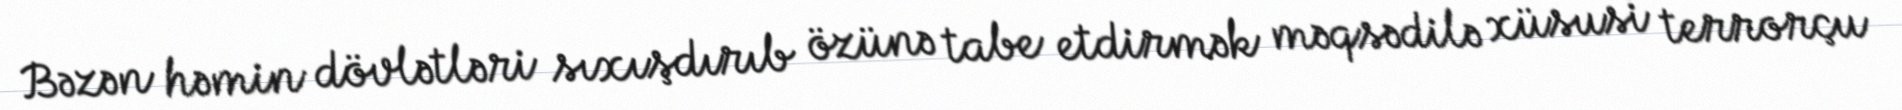
Bəzən həmin dövlətləri sıxışdırıb özünə tabe etdirmək məqsədilə xüsusi terrorçu